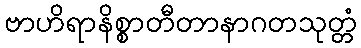
ဗာဟိရာနိစ္စာတီတာနာဂတသုတ္တံ